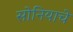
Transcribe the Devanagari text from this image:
सोनियाचे